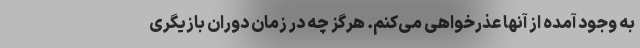
به وجود آمده از آنها عذرخواهی می‌کنم. هرگز چه در زمان دوران بازیگری